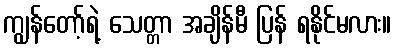
ကျွန်တော့်ရဲ့ သေတ္တာ အချိန်မီ ပြန် ရနိုင်မလား။